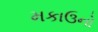
મકાઉનો